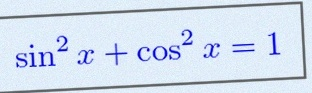
\sin^2x+\cos^2x=1